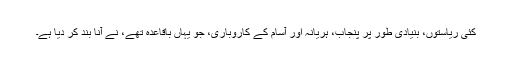
کئی ریاستوں، بنیادی طور پر پنجاب، ہریانہ اور آسام کے کاروباری، جو یہاں باقاعدہ تھے، نے آنا بند کر دیا ہے۔